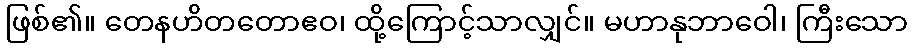
ဖြစ်၏။ တေနဟိတတောဧဝ၊ ထို့ကြောင့်သာလျှင်။ မဟာနုဘာဝေါ၊ ကြီးသော